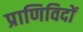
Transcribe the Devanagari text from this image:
प्राणिविदों